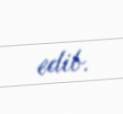
edib.